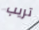
تريب